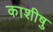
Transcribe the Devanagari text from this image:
काशीषु